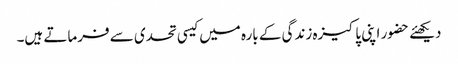
دیکھئے حضور اپنی پاکیزہ زندگی کے بارہ میں کیسی تحدی سے فرماتے ہیں۔